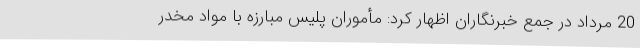
20 مرداد در جمع خبرنگاران اظهار کرد: مأموران پلیس مبارزه با مواد مخدر